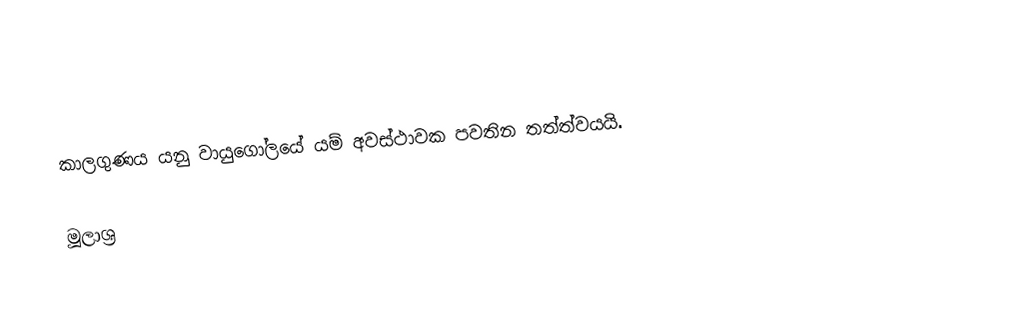
කාලගුණය යනු වායුගෝලයේ යම් අවස්ථාවක පවතින තත්ත්වයයි.

මූලාශ්‍ර